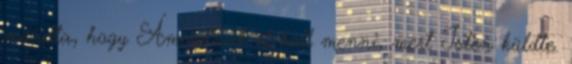
mondta, hogy Ámósznak el kell menni, mert Isten küldte.